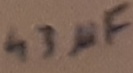
Text: 43µF